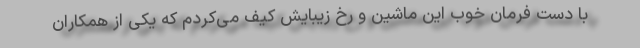
با دست فرمان خوب این ماشین و رخ زیبایش کیف می‌کردم که یکی از همکاران